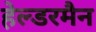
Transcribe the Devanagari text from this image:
हेल्डरमैन